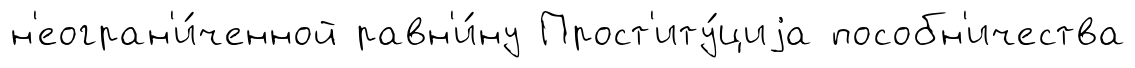
н'еогран'и́ченной равн'и́ну Прост'иту́циjа пособн'ичества